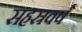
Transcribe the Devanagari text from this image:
सहस्रवर्ष